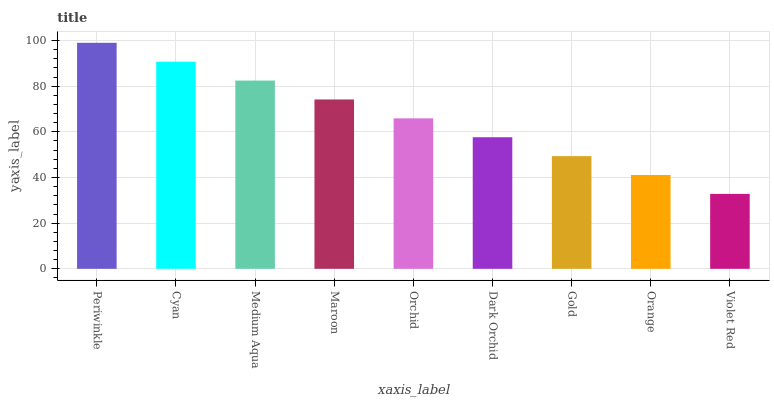
| xaxis_label | bars |
 | --- | --- |
 | Periwinkle | 99 |
 | Cyan | 90.7 |
 | Medium Aqua | 82.5 |
 | Maroon | 74.2 |
 | Orchid | 65.9 |
 | Dark Orchid | 57.6 |
 | Gold | 49.4 |
 | Orange | 41.1 |
 | Violet Red | 32.8 |